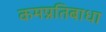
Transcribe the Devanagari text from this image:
कमप्रतिबाधा